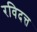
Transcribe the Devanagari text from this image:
रविदत्त